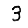
Digit: 3